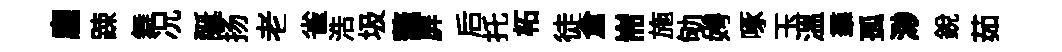
龐踈舞况誕扬老雀浩圾鼇屛后托柘徒倉耑施劬娉啄玉溫羣孤渺銳茹